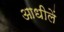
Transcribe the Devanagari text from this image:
आधीलें